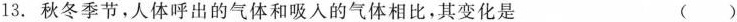
13.秋冬季节，人体呼出的气体和吸入的气体相比，其变化是 ( )